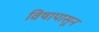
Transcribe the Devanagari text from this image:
विषापासून